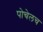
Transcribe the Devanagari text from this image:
पोचेलच